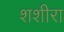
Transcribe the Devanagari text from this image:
शशीरा